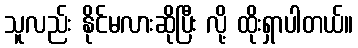
သူလည်း နိုင်မလားဆိုပြီး လို့ ထိုးရှာပါတယ်။